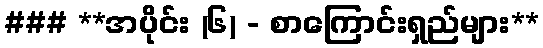
### **အပိုင်း (၆) - စာကြောင်းရှည်များ**